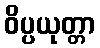
ဝိပ္ပယုတ္တာ